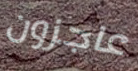
عاجزون